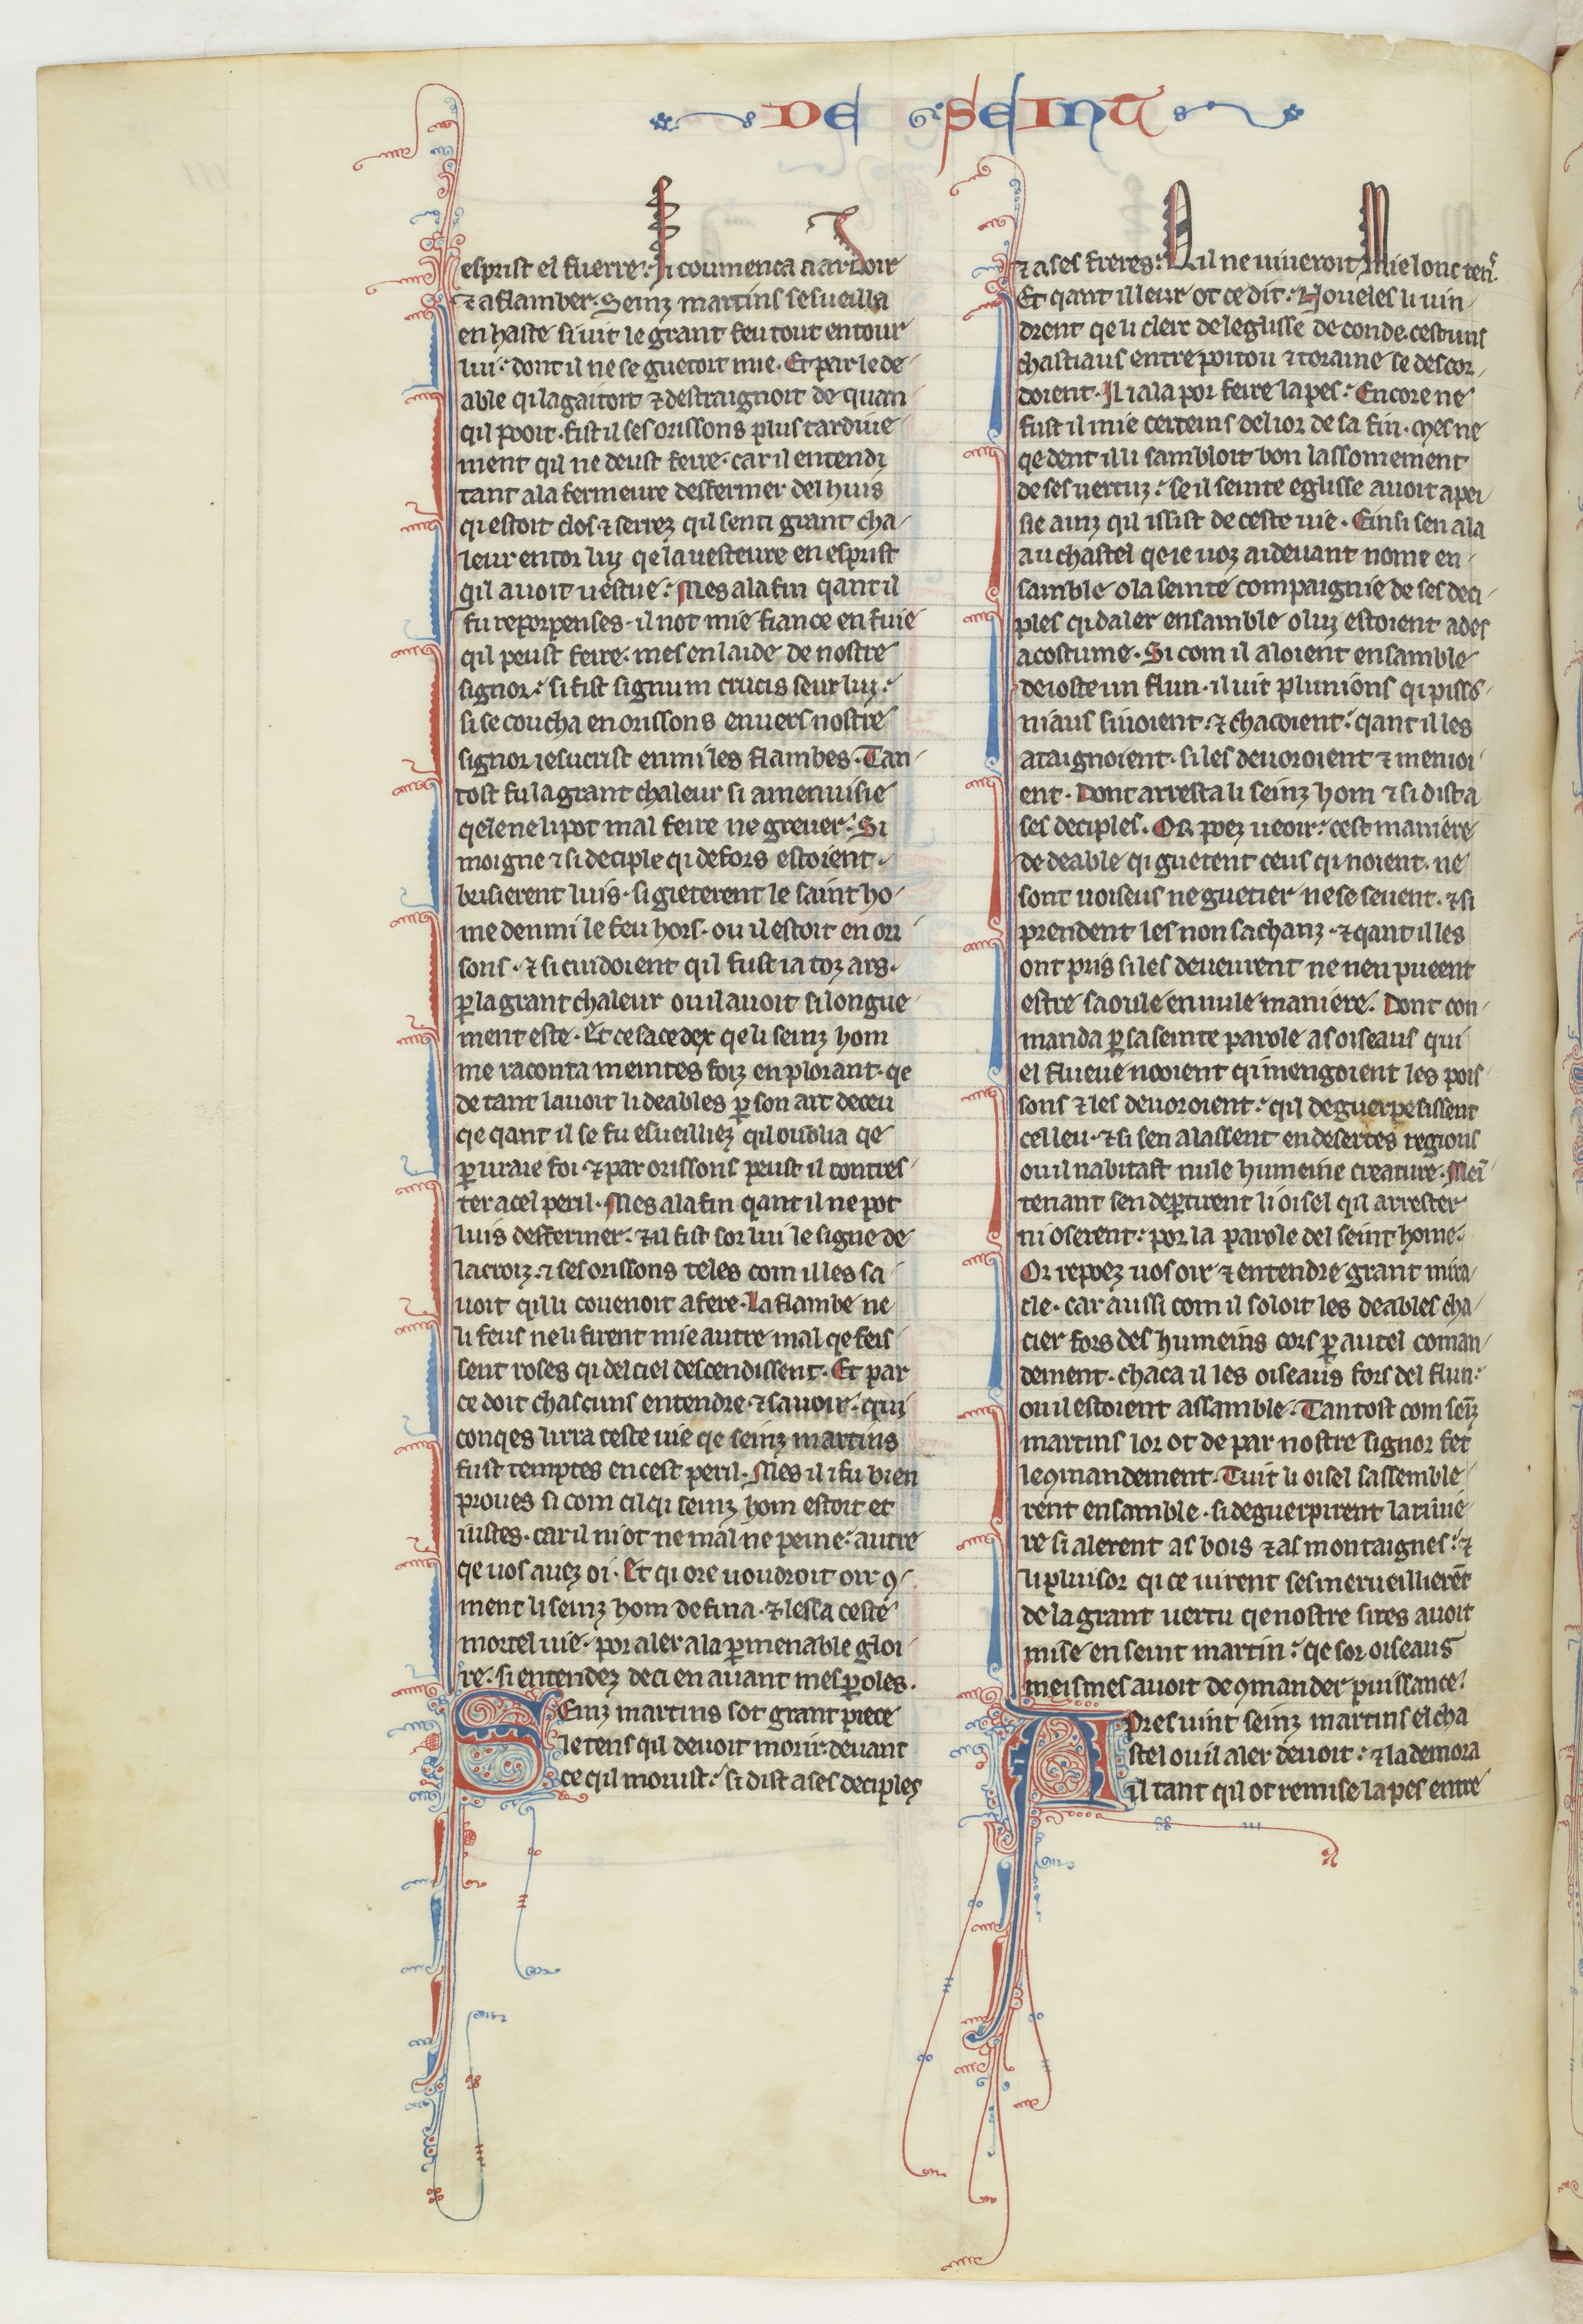
Shelfmark: Paris, BnF, fr. 412
Century: 13